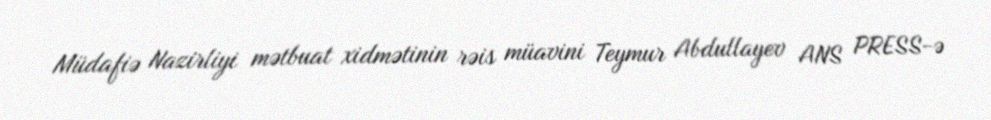
Müdafiə Nazirliyi mətbuat xidmətinin rəis müavini Teymur Abdullayev ANS PRESS-ə